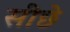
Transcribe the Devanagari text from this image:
सीछे